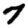
Digit: 7